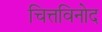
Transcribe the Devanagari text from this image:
चित्तविनोद